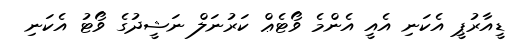
ޑީއާރުޕީ އެކަނި އެއީ އެންމެ ވޯޓެޢް ކަރުނަލް ނަޝީދުގެ ވޯޓު އެކަނި